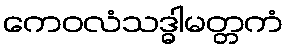
ကေဝလံသဒ္ဓါမတ္တကံ